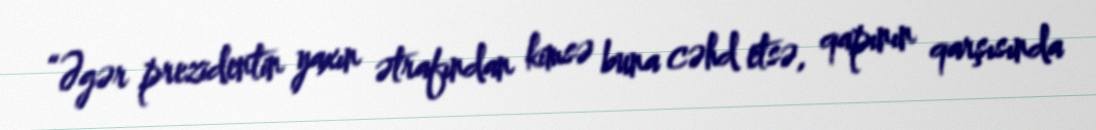
“Əgər prezidentin yaxın ətrafından kimsə buna cəhd etsə, qapının qarşısında